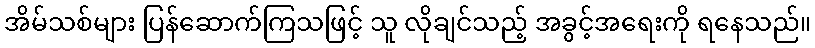
အိမ်သစ်များ ပြန်ဆောက်ကြသဖြင့် သူ လိုချင်သည့် အခွင့်အရေးကို ရနေသည်။